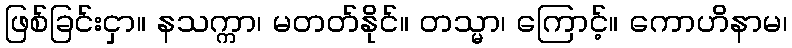
ဖြစ်ခြင်းငှာ။ နသက္ကာ၊ မတတ်နိုင်။ တသ္မာ၊ ကြောင့်။ ကောဟိနာမ၊